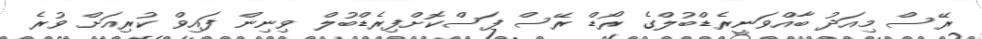
ރޭސް މިއަދު ބާއްވަނީރެޑްބުލްގެ ރޯޑް ރޭސް ފަސްކޮށްފިރެޑްބުލް ވިނިން ފައިވް ކުރިއަށް ވުރެ